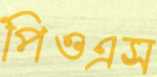
পিওএস